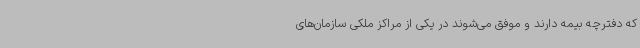
که دفترچه بیمه دارند و موفق می‌شوند در یکی از مراکز ملکی سازمان‌های